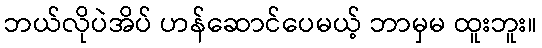
ဘယ်လိုပဲအိပ် ဟန်ဆောင်ပေမယ့် ဘာမှမ ထူးဘူး။